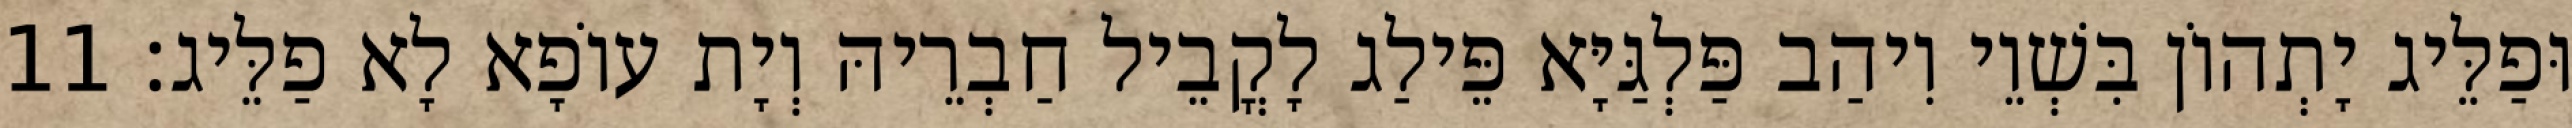
וּפַלֵּיג יָתְהוֹן בִּשְׁוֵי וִיהַב פַּלְגַּיָּא פֵּילַג לָקֳבֵיל חַבְרֵיהּ וְיָת עוֹפָא לָא פַלֵּיג׃ 11